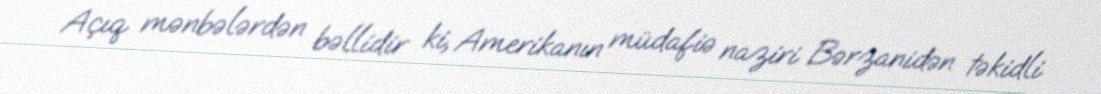
Açıq mənbələrdən bəllidir ki, Amerikanın müdafiə naziri Bərzanidən təkidli